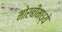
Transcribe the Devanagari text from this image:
मोरबीमध्ये